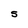
Character: S